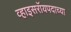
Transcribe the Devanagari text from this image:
व्हाइसरॉयपदाच्या